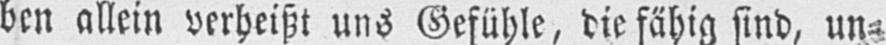
ben allein verheißt uns Gefühle, die fähig sind, un⸗